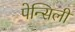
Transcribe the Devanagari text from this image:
पेन्सिली